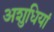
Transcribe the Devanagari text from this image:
अशुधियां